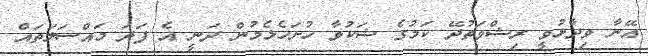
އޭނާ ވިދާޅުވީ ރިޝްވަތުދޭ ކަމުގެ ޝަކުވާ ހުށަހެޅެމުން ދަނީ އެ ފަދަ މައްސަލަތައް